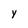
Character: y